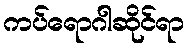
ကပ်ရောဂါဆိုင်ရာ